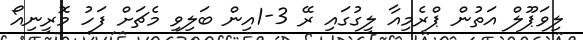
ލިވަޕޫލް އަތުން ޕްރެމިއާ ލީގުގައި ރޭ 3-1އިން ބަލިވި މެޗަށް ފަހު މޮރީނިއޯ